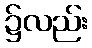
၌လည်း